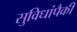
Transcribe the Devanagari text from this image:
सुविधांपैकी